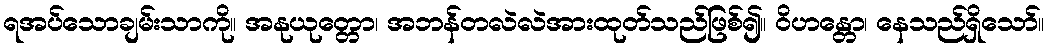
ရအပ်သောချမ်းသာကို။ အနုယုတ္တော၊ အဘန်တလဲလဲအားထုတ်သည်ဖြစ်၍။ ဝိဟန္တော၊ နေသည်ရှိသော်။